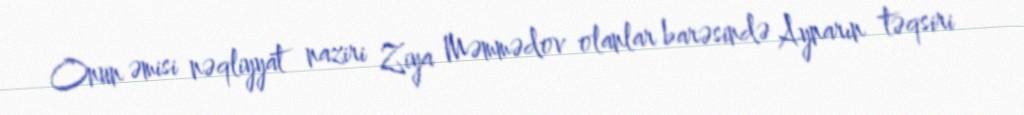
Onun əmisi nəqliyyat naziri Ziya Məmmədov olanlar barəsində Aynarın təqsiri